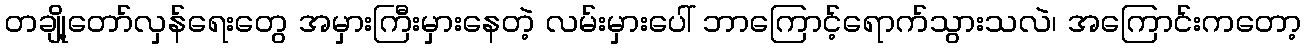
တချို့တော်လှန်ရေးတွေ အမှားကြီးမှားနေတဲ့ လမ်းမှားပေါ် ဘာကြောင့်ရောက်သွားသလဲ၊ အကြောင်းကတော့